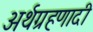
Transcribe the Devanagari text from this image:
अर्थग्रहणादी